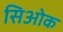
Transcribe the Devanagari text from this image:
सिओक